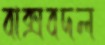
বাক্সবদল